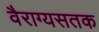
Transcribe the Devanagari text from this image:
वैराग्यसतक